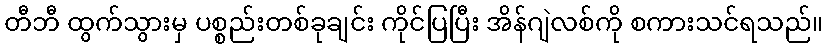
တီဘီ ထွက်သွားမှ ပစ္စည်းတစ်ခုချင်း ကိုင်ပြပြီး အိန်ဂျဲလစ်ကို စကားသင်ရသည်။